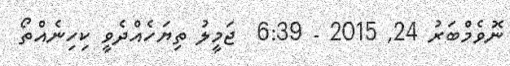
ނޮވެމްބަރު 24